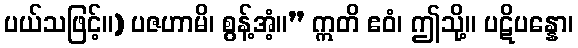
ပယ်သဖြင့်။) ပဇဟာမိ၊ စွန့်အံ့။” ဣတိ ဧဝံ၊ ဤသို့။ ပဋိပန္နော၊